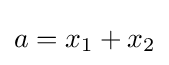
a=x_{1}+x_{2}